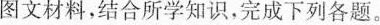
图文材料，结合所学知识，完成下列各题。